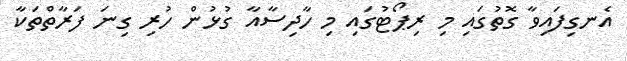
އެނގިފައިވާ ގޮތުގައި މި ރިޕޯޓުގައި މި ހާދިސާއާ ގުޅުން ހުރި ގިނަ ފަރާތްތަކާ